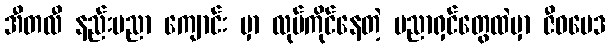
အီတလီ နည်းပညာ ကျောင်း မှာ လုပ်ကိုင်နေတဲ့ ပညာရှင်တွေထဲမှာ ဇီဝဗေဒ